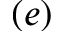
( e )